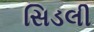
સિડલી